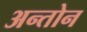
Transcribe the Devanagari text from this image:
अन्तोन